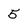
Character: 5